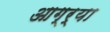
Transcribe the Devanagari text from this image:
आग्र्या